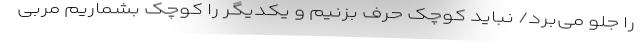
را جلو می‌برد/ نباید کوچک حرف بزنیم و یکدیگر را کوچک بشماریم مربی